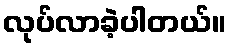
လုပ်လာခဲ့ပါတယ်။